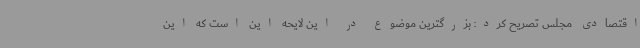
اقتصادی مجلس تصریح کرد: بزرگترین موضوع در این لایحه این است که این